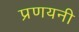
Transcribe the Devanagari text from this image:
प्रणयनी